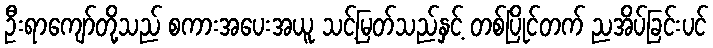
ဦးရာကျော်တို့သည် စကားအပေးအယူ သင့်မြတ်သည်နှင့် တစ်ပြိုင်တက် ညအိပ်ခြင်းပင်